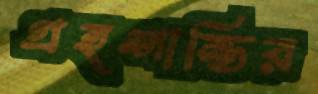
গ্রহশান্তির